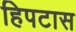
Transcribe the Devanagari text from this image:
हिपटास